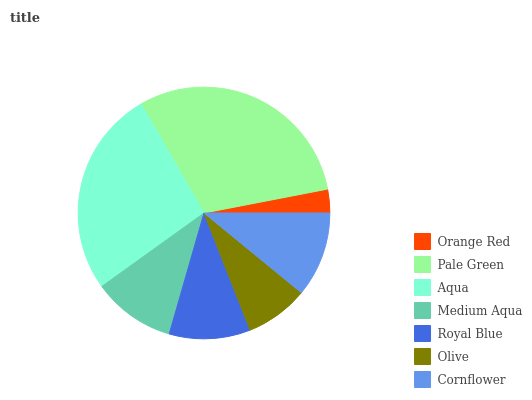
| Orange Red | Pale Green | Aqua | Medium Aqua | Royal Blue | Olive | Cornflower |
 | --- | --- | --- | --- | --- | --- | --- |
 | 3.04% | 30.3% | 26.6% | 10.6% | 10.4% | 8.11% | 10.9% |